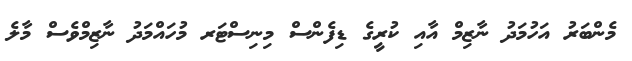
މެންބަރު އަހުމަދު ނާޒިމް އާއި ކުރީގެ ޑިފެންސް މިނިސްޓަރ މުހައްމަދު ނާޒިމްވެސް މާލެ